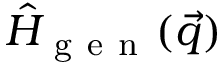
\hat { H } _ { \mathrm { ~ g ~ e ~ n ~ } } ( \vec { q } )